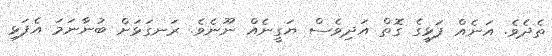
ތެދެވެ. އަނެއް ފަޅީގެ ގޮތް އަދިވެސް ޔަގީނެއް ނޫނެވެ. ރަނގަޅަށް ބުނާނަމަ އެފަޅި